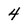
Character: 4